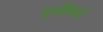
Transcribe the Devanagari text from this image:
एलीयाडे